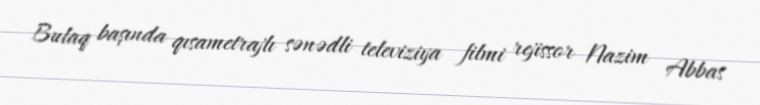
Bulaq başında qısametrajlı sənədli televiziya filmi rejissor Nazim Abbas